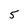
Character: 5